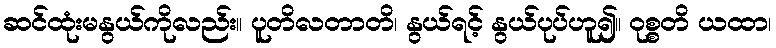
ဆင်ထုံးမနွယ်ကိုလည်း။ ပူတိလတာတိ၊ နွယ်ရင့် နွယ်ပုပ်ဟူ၍။ ဝုစ္စတိ ယထာ၊